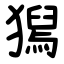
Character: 獡